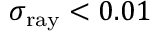
\sigma _ { \mathrm { r a y } } < 0 . 0 1